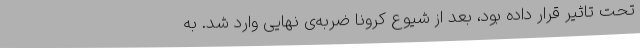
تحت تاثیر قرار داده بود، بعد از شیوع کرونا ضربه‌ی نهایی وارد شد. به